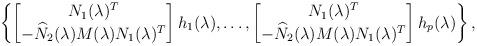
LaTeX: \begin{align*}\left\{\begin{bmatrix}N_1 (\lambda)^T \\-\widehat{N}_2 (\lambda) M(\lambda) N_1 (\lambda)^T\end{bmatrix} h_1(\lambda), \ldots , \begin{bmatrix}N_1 (\lambda)^T \\-\widehat{N}_2 (\lambda) M(\lambda) N_1 (\lambda)^T\end{bmatrix} h_p(\lambda) \right\},\end{align*}